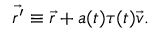
\vec { r ^ { \prime } } \equiv \vec { r } + a ( t ) \tau ( t ) \vec { v } .